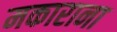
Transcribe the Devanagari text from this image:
मकाराना